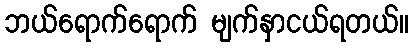
ဘယ်ရောက်ရောက် မျက်နှာငယ်ရတယ်။